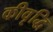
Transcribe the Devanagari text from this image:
कीवृद्धि